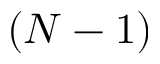
( N - 1 )